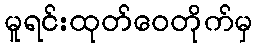
မူရင်းထုတ်ဝေတိုက်မှ